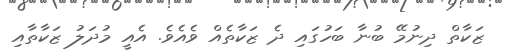
ޒަކާތް ދިނުމޭ ބުނާ ބަހުގަައި ދެ ޒަކާތެއް ވެއެވެ. އެއީ މުދަލު ޒަކާތާއި